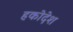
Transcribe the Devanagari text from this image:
हकोदेश